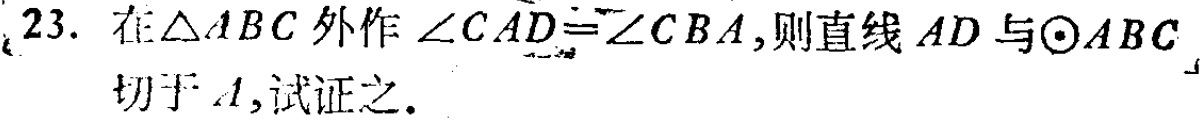
23. 在$\triangle ABC$外作$\angle CAD = \angle CBA$，则直线$AD$与$\odot ABC$切于$A$，试证之.